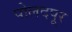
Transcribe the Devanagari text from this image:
पोलदपूर